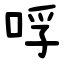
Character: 哹